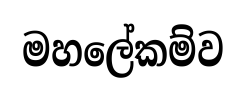
මහලේකම්ව